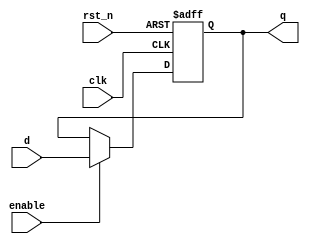
module d_flip_flop (
    input wire clk,       // Clock input
    input wire rst_n,     // Active low reset
    input wire enable,    // Enable signal
    input wire d,        // Data input
    output reg q         // Data output
);

always @(posedge clk or negedge rst_n) begin
    if (!rst_n) begin
        q <= 1'b0;        // Asynchronous reset to 0
    end else if (enable) begin
        q <= d;          // Non-blocking assignment of data input
    end
end

endmodule